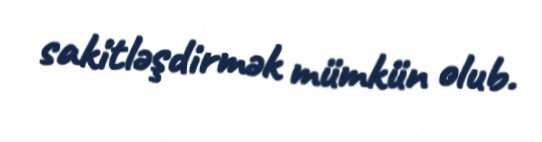
sakitləşdirmək mümkün olub.